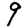
Digit: 9